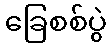
ခြေစစ်ပွဲ